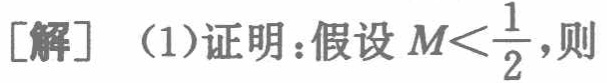
[解]（1）证明：假设\(M<\frac{1}{2}\)，则